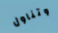
وتناول